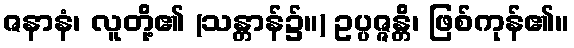
ဇနာနံ၊ လူတို့၏ (သန္တာန်၌။) ဥပ္ပဇ္ဇန္တိ၊ ဖြစ်ကုန်၏။